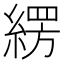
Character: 𮈫